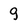
Character: 9